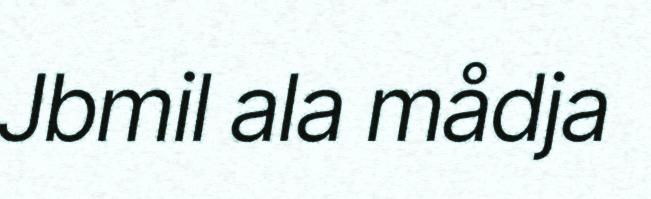
Jbmil ala mådja